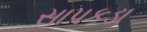
સાપકડા